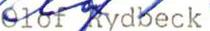
Olof Rydbeck